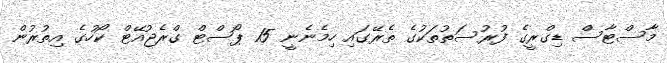
މާސްޓާސް ޑިގްރީގެ ފުރުސަތުތަކުގެ ތެރޭގައި ހިމެނެނީ 15 ޕޯސްޓް ގްރެޖުއޭޓް ކޯހުގެ އިތުރުން